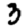
Digit: 3